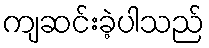
ကျဆင်းခဲ့ပါသည်